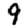
Digit: 9